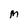
Character: M